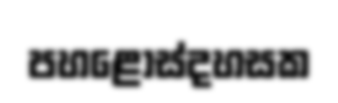
පහළොස්දහසක